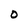
Character: O